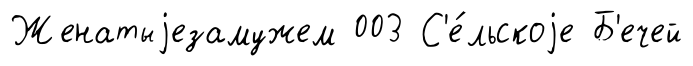
Женатыjезамужем 003 С'е́льскоjе Б'ечей